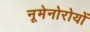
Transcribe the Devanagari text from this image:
नूमेनोरोयों